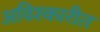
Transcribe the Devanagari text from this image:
अविश्कारीत